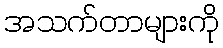
အသက်တာများကို